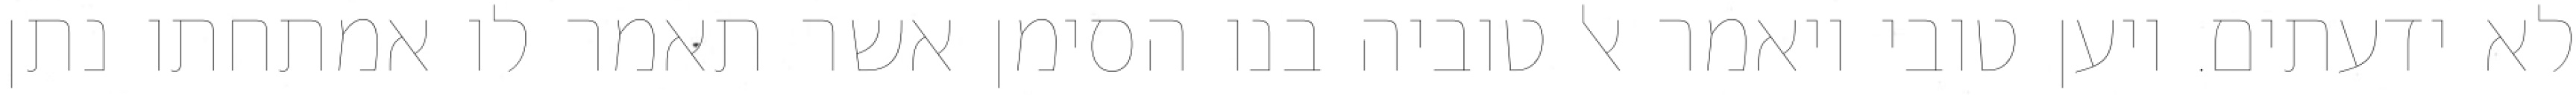
לא ידעתים. ויען טובי ויאמר אל טוביה בנו הסימן אשר תאמר לו אמתחתו נתן